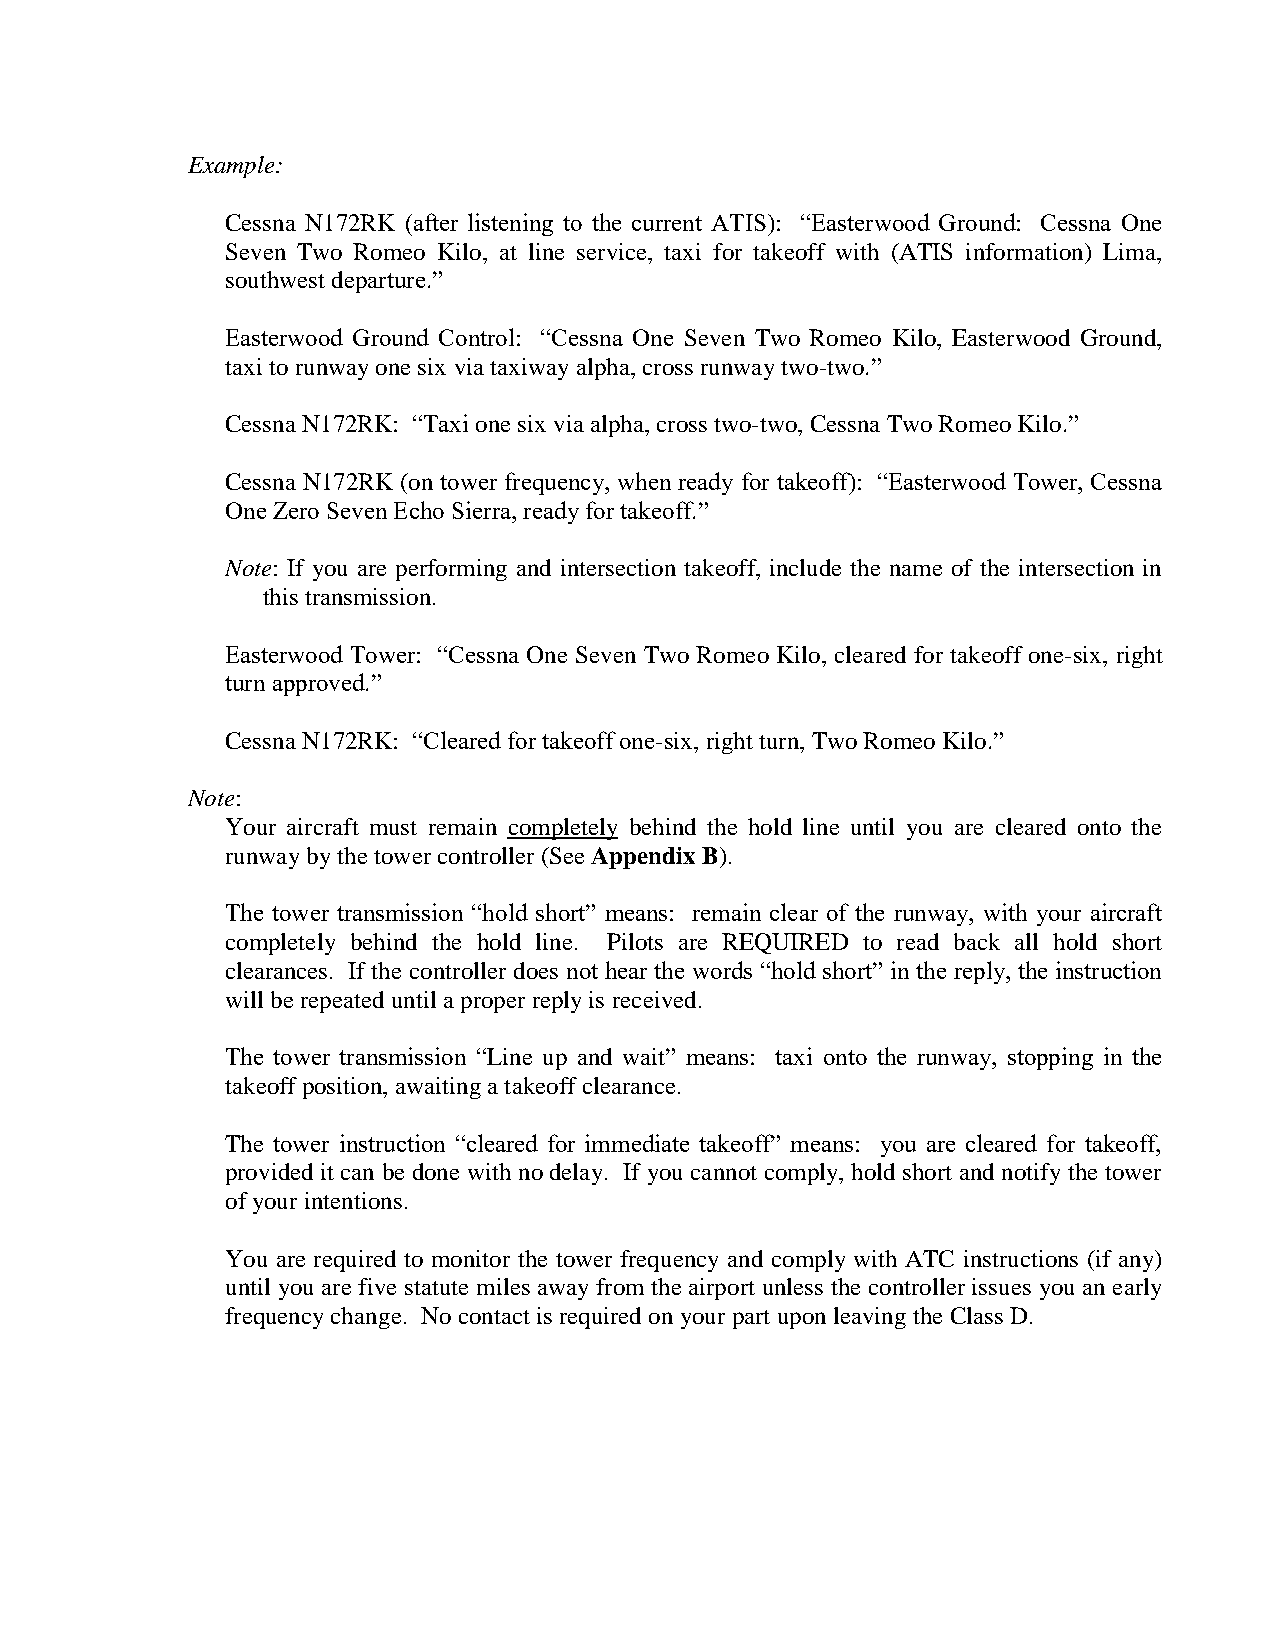
Example:
 Cessna N172RK (after listening to the current ATIS): “Easterwood Ground: Cessna One
 Seven Two Romeo Kilo, at line service, taxi for takeoff with (ATIS information) Lima,
 southwest departure.”
 Easterwood Ground Control: “Cessna One Seven Two Romeo Kilo, Easterwood Ground,
 taxi to runway one six via taxiway alpha, cross runway two-two.”
 Cessna N172RK: “Taxi one six via alpha, cross two-two, Cessna Two Romeo Kilo.”
 Cessna N172RK (on tower frequency, when ready for takeoff): “Easterwood Tower, Cessna
 One Zero Seven Echo Sierra, ready for takeoff.”
 Note: If you are performing and intersection takeoff, include the name of the intersection in
 this transmission.
 Easterwood Tower: “Cessna One Seven Two Romeo Kilo, cleared for takeoff one-six, right
 turn approved.”
 Cessna N172RK: “Cleared for takeoff one-six, right turn, Two Romeo Kilo.”
 Note:
 Your aircraft must remain completely behind the hold line until you are cleared onto the
 runway by the tower controller (See Appendix B).
 The tower transmission “hold short” means: remain clear of the runway, with your aircraft
 completely behind the hold line. Pilots are REQUIRED to read back all hold short
 clearances. If the controller does not hear the words “hold short” in the reply, the instruction
 will be repeated until a proper reply is received.
 The tower transmission “Line up and wait” means: taxi onto the runway, stopping in the
 takeoff position, awaiting a takeoff clearance.
 The tower instruction “cleared for immediate takeoff” means: you are cleared for takeoff,
 provided it can be done with no delay. If you cannot comply, hold short and notify the tower
 of your intentions.
 You are required to monitor the tower frequency and comply with ATC instructions (if any)
 until you are five statute miles away from the airport unless the controller issues you an early
 frequency change. No contact is required on your part upon leaving the Class D.